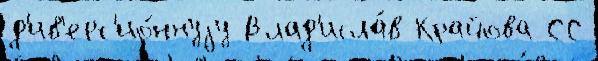
д'ив'ерс'ио́ннуjу Влад'исла́в Крайова СС